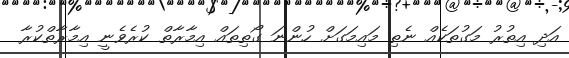
އަދި އިތުރު މަގުތަކެއް ނެތި މައިމަގަށް ހުންނަ ގޯތިތައް އިމާރާތް ކުރެވެނީ އިމާރާތްކުރާ